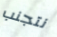
نتجنب